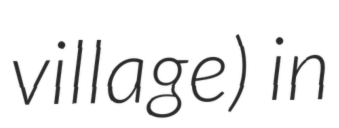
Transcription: village) in